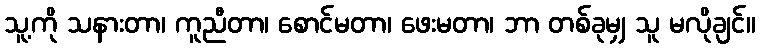
သူ့ကို သနားတာ၊ ကူညီတာ၊ စောင်မတာ၊ ဖေးမတာ၊ ဘာ တစ်ခုမျှ သူ မလိုချင်။